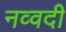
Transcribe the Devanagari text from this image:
नव्वदी